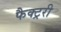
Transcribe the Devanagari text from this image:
फैक्ट्ररी